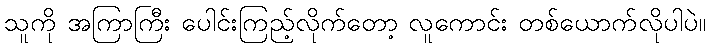
သူကို အကြာကြီး ပေါင်းကြည့်လိုက်တော့ လူကောင်း တစ်ယောက်လိုပါပဲ။